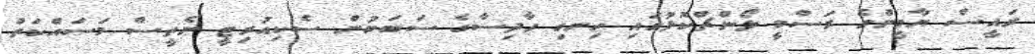
ރައީސް ޔާމީންގެ ރަސްމީ ލޯންޗްކޮޅުގައި ހިނގި ހާދިސާގެ ސަަބަބުން ސެކިއުރިޓީ ނެތީސް މަސައްކަތް